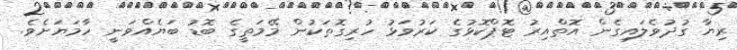
ރިޔާ ގުދުވެލައިގެން އޮތްއިރު ޓޮޕްކޮޅުގެ ކަރުވަޅު ހުރިގޮތަކުން މޭމަތީގެ ބޮޑު ބަޔެއްވަނީ ހާމަޔަށެވެ.